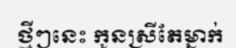
ថ្មីៗនេះ កូនស្រីតែម្នាក់